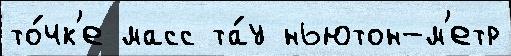
то́чк'е масс та́у ньютон-м'етр